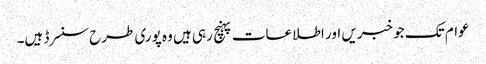
عوام تک جو خبریں اور اطلاعات پہنچ رہی ہیں وہ پوری طرح سنسرڈ ہیں۔